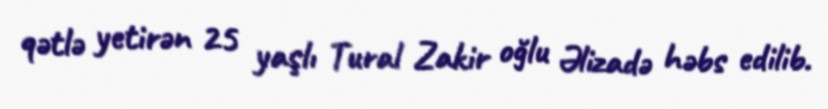
qətlə yetirən 25 yaşlı Tural Zakir oğlu Əlizadə həbs edilib.